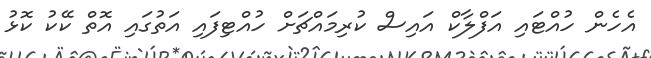
އެހެން ހުއްޓައި އަފްލާކް އައިސް ކުރިމައްޗަށް ހުއްޓިފައި އަތުގައި އޮތް ކޭކު ކޮޅު